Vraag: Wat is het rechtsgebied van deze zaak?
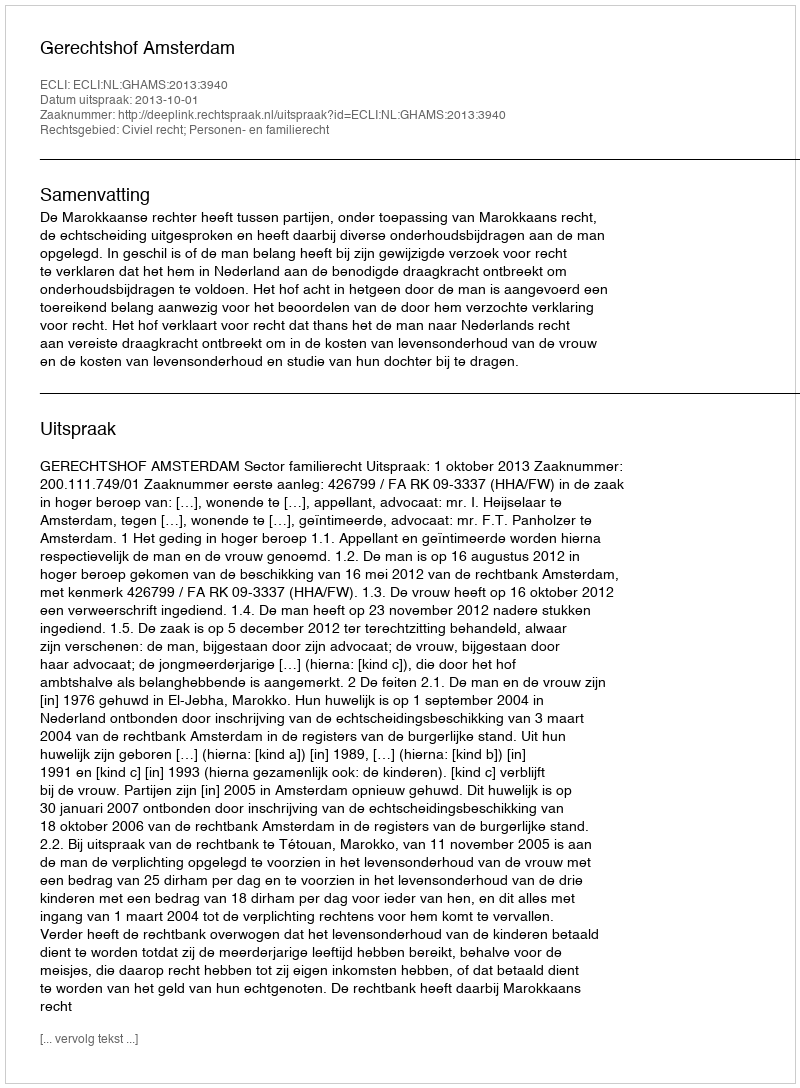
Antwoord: Civiel recht; Personen- en familierecht